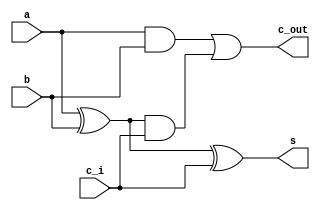
module fullAdder_1(
    input wire a, b, //
    input wire c_i,  //

    output s, c_out
);
    assign s = a ^ b ^ c_i;
    assign c_out = a & b | (a ^ b) & c_i;
endmodule